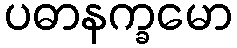
ပဓာနက္ခမော